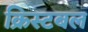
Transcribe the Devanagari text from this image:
क्रिस्टबल